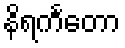
နိရင်္ကတော